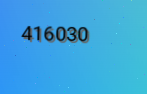
416030